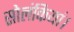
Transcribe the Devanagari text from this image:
सोलंकियां।